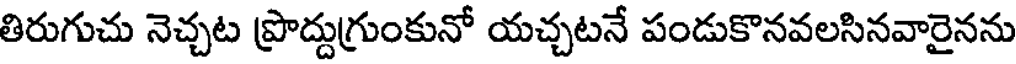
తిరుగుచు నెచ్చట ప్రొద్దుగ్రుంకునో యచ్చటనే పండుకొనవలసినవారైనను